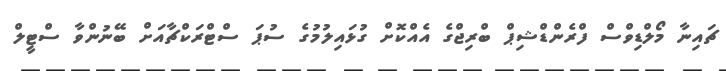
ޗައިނާ މޯލްޑިވްސް ފްރެންޑްޝިޕް ބްރިޖްގެ އެއްކޮށް ގުޅައިލުމުގެ ސުޕަ ސްޓްރަކްޗާއަށް ބޭނުންވާ ސްޓީލް